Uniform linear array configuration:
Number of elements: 32
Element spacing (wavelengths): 0.5
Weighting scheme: hamming
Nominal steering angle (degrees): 0
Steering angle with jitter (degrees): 1.932
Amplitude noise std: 0.05
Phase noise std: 0.05

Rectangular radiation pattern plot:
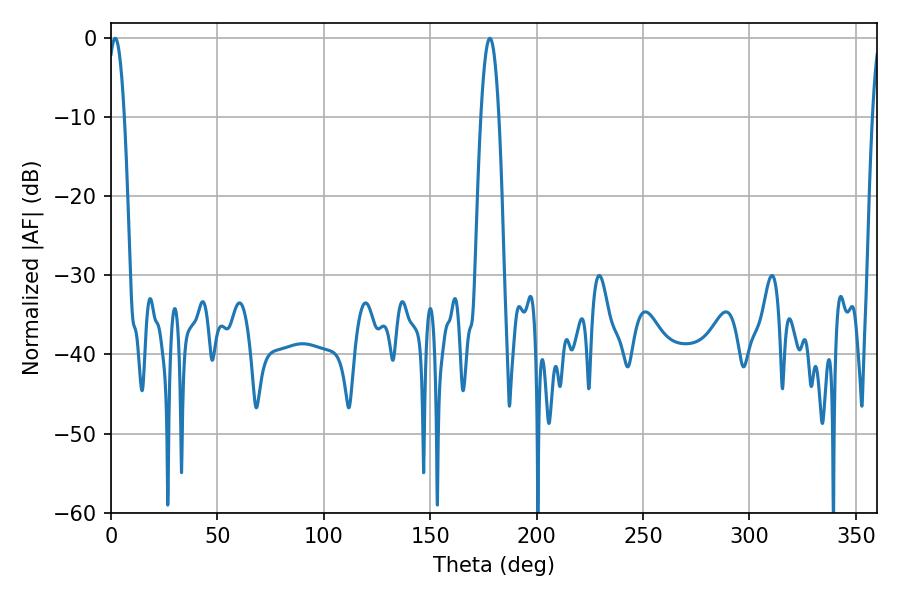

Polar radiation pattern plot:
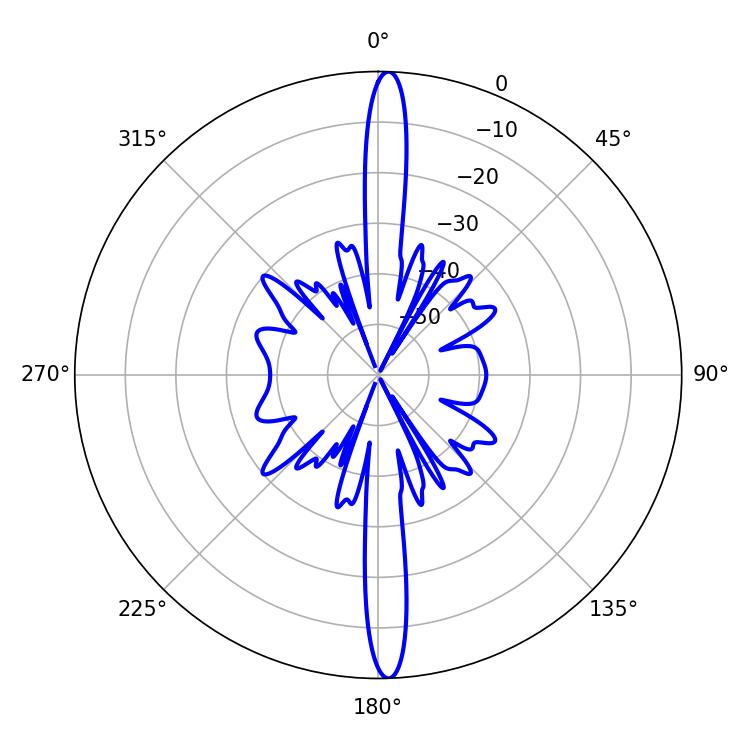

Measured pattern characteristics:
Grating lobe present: FALSE
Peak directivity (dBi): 25.231
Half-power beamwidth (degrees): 4.32
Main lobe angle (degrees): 1.98